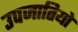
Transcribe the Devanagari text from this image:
उपजातियो